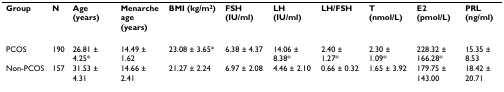
| Group | N | Age(years) | Menarche age(years) | BMI (kg/m2) | FSH (IU/ml) | LH (IU/ml) | LH/FSH | T (nmol/L) | E2 (pmol/L) | PRL (ng/ml) |
 | --- | --- | --- | --- | --- | --- | --- | --- | --- | --- | --- |
 | PCOS | 190 | 26.81 ± 4.25* | 14.49 ± 1.62 | 23.08 ± 3.65* | 6.38 ± 4.37 | 14.06 ± 8.38* | 2.40 ± 1.27* | 2.30 ± 1.09* | 228.32 ± 166.28* | 15.35 ± 8.53 |
 | Non-PCOS | 157 | 31.53 ± 4.31 | 14.66 ± 2.41 | 21.27 ± 2.24 | 6.97 ± 2.08 | 4.46 ± 2.10 | 0.66 ± 0.32 | 1.65 ± 3.92 | 179.75 ± 143.00 | 18.42 ± 20.71 |